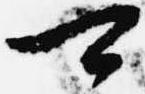
可